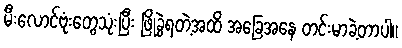
မီးလောင်ဗုံးတွေသုံးပြီး ဖြိုခွဲရတဲ့အထိ အခြေအနေ တင်းမာခဲ့တာပါ။